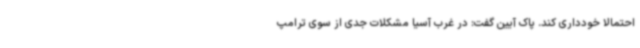
احتمالا خودداری کند. پاک آیین گفت: در غرب آسیا مشکلات جدی از سوی ترامپ